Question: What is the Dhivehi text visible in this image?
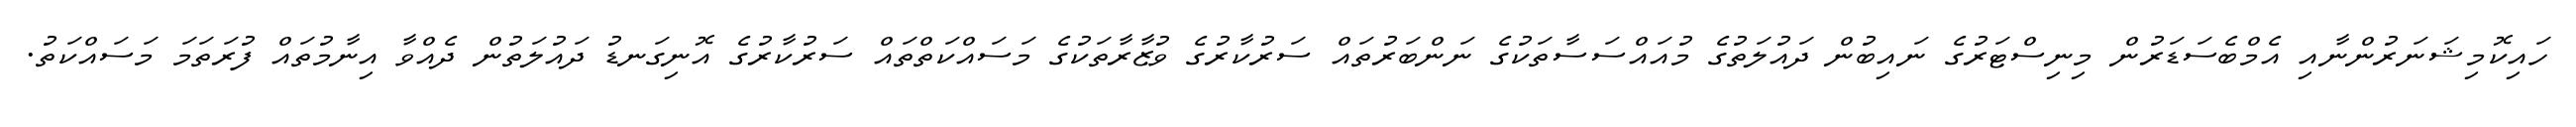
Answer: ހައިކޮމިޝަނަރުންނާއި އެމްބެސަޑަރުން މިނިސްޓަރުގެ ނައިބުން ދައުލަތުގެ މުއައްސަސާތަކުގެ ނަންބަރުތައް ސަރުކާރުގެ ވުޒާރާތަކުގެ މަސައްކަތްތައް ސަރުކާރުގެ އޮނިގަނޑު ދައުލަތުން ދެއްވާ އިނާމުތައް ފުރަތަމަ މަސައްކަތު.